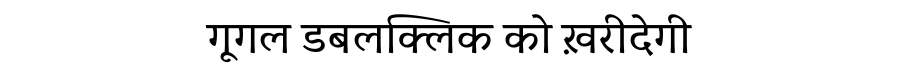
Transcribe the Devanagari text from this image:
गूगल डबलक्लिक को ख़रीदेगी